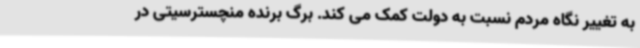
به تغییر نگاه مردم نسبت به دولت کمک می کند. برگ برنده منچسترسیتی در